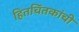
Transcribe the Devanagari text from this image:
हितचिंतकांची